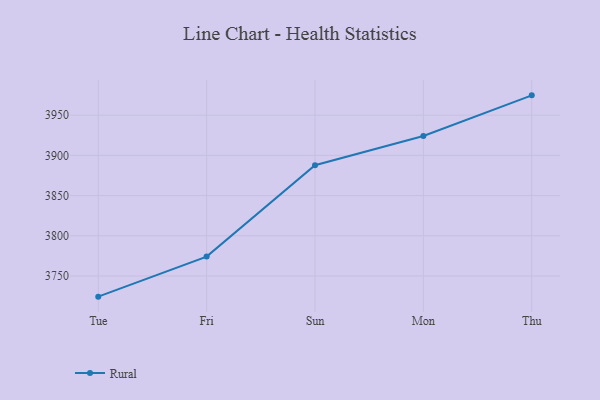
{"axis": {"x": "Day", "y": "Active Users"}, "legend": ["Rural"], "data": [{"x": "Tue", "y": 3724.3, "type": "Rural"}, {"x": "Fri", "y": 3774.1, "type": "Rural"}, {"x": "Sun", "y": 3887.8, "type": "Rural"}, {"x": "Mon", "y": 3924.1, "type": "Rural"}, {"x": "Thu", "y": 3974.6, "type": "Rural"}]}